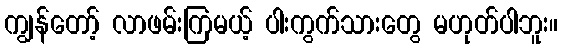
ကျွန်တော့် လာဖမ်းကြမယ့် ပါးကွက်သားတွေ မဟုတ်ပါဘူး။